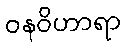
ဝနဝိဟာရာ